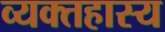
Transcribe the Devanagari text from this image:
व्यक्तहास्य